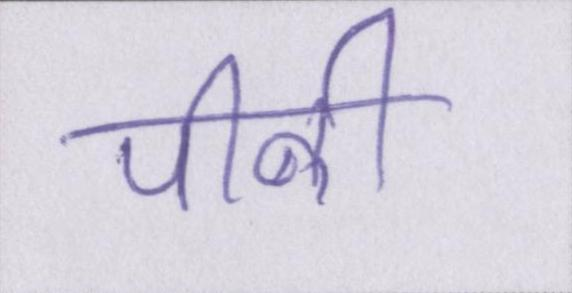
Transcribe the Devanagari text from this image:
पीनी